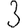
Digit: 3